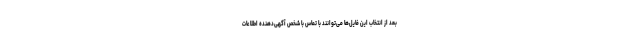
بعد از انتخاب این فایل‌ها می‌توانند با تماس با شخص آگهی‌دهنده اطلاعات